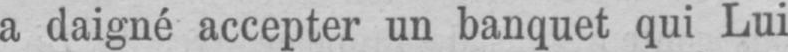
a daigné accepter un banquet qui Lui